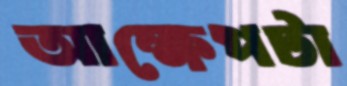
আক্ষেপটা